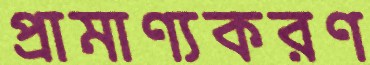
প্রামাণ্যকরণ